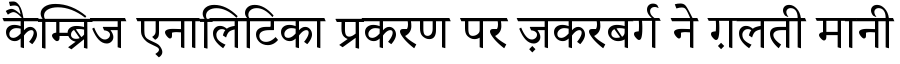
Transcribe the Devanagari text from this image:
कैम्ब्रिज एनालिटिका प्रकरण पर ज़करबर्ग ने ग़लती मानी